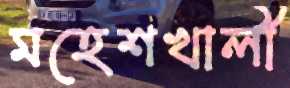
মহেশখালী